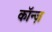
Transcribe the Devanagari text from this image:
कॉन्ज़